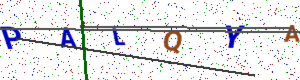
Text: PALQYA